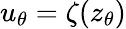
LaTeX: u_{\theta}=\zeta(z_{\theta})